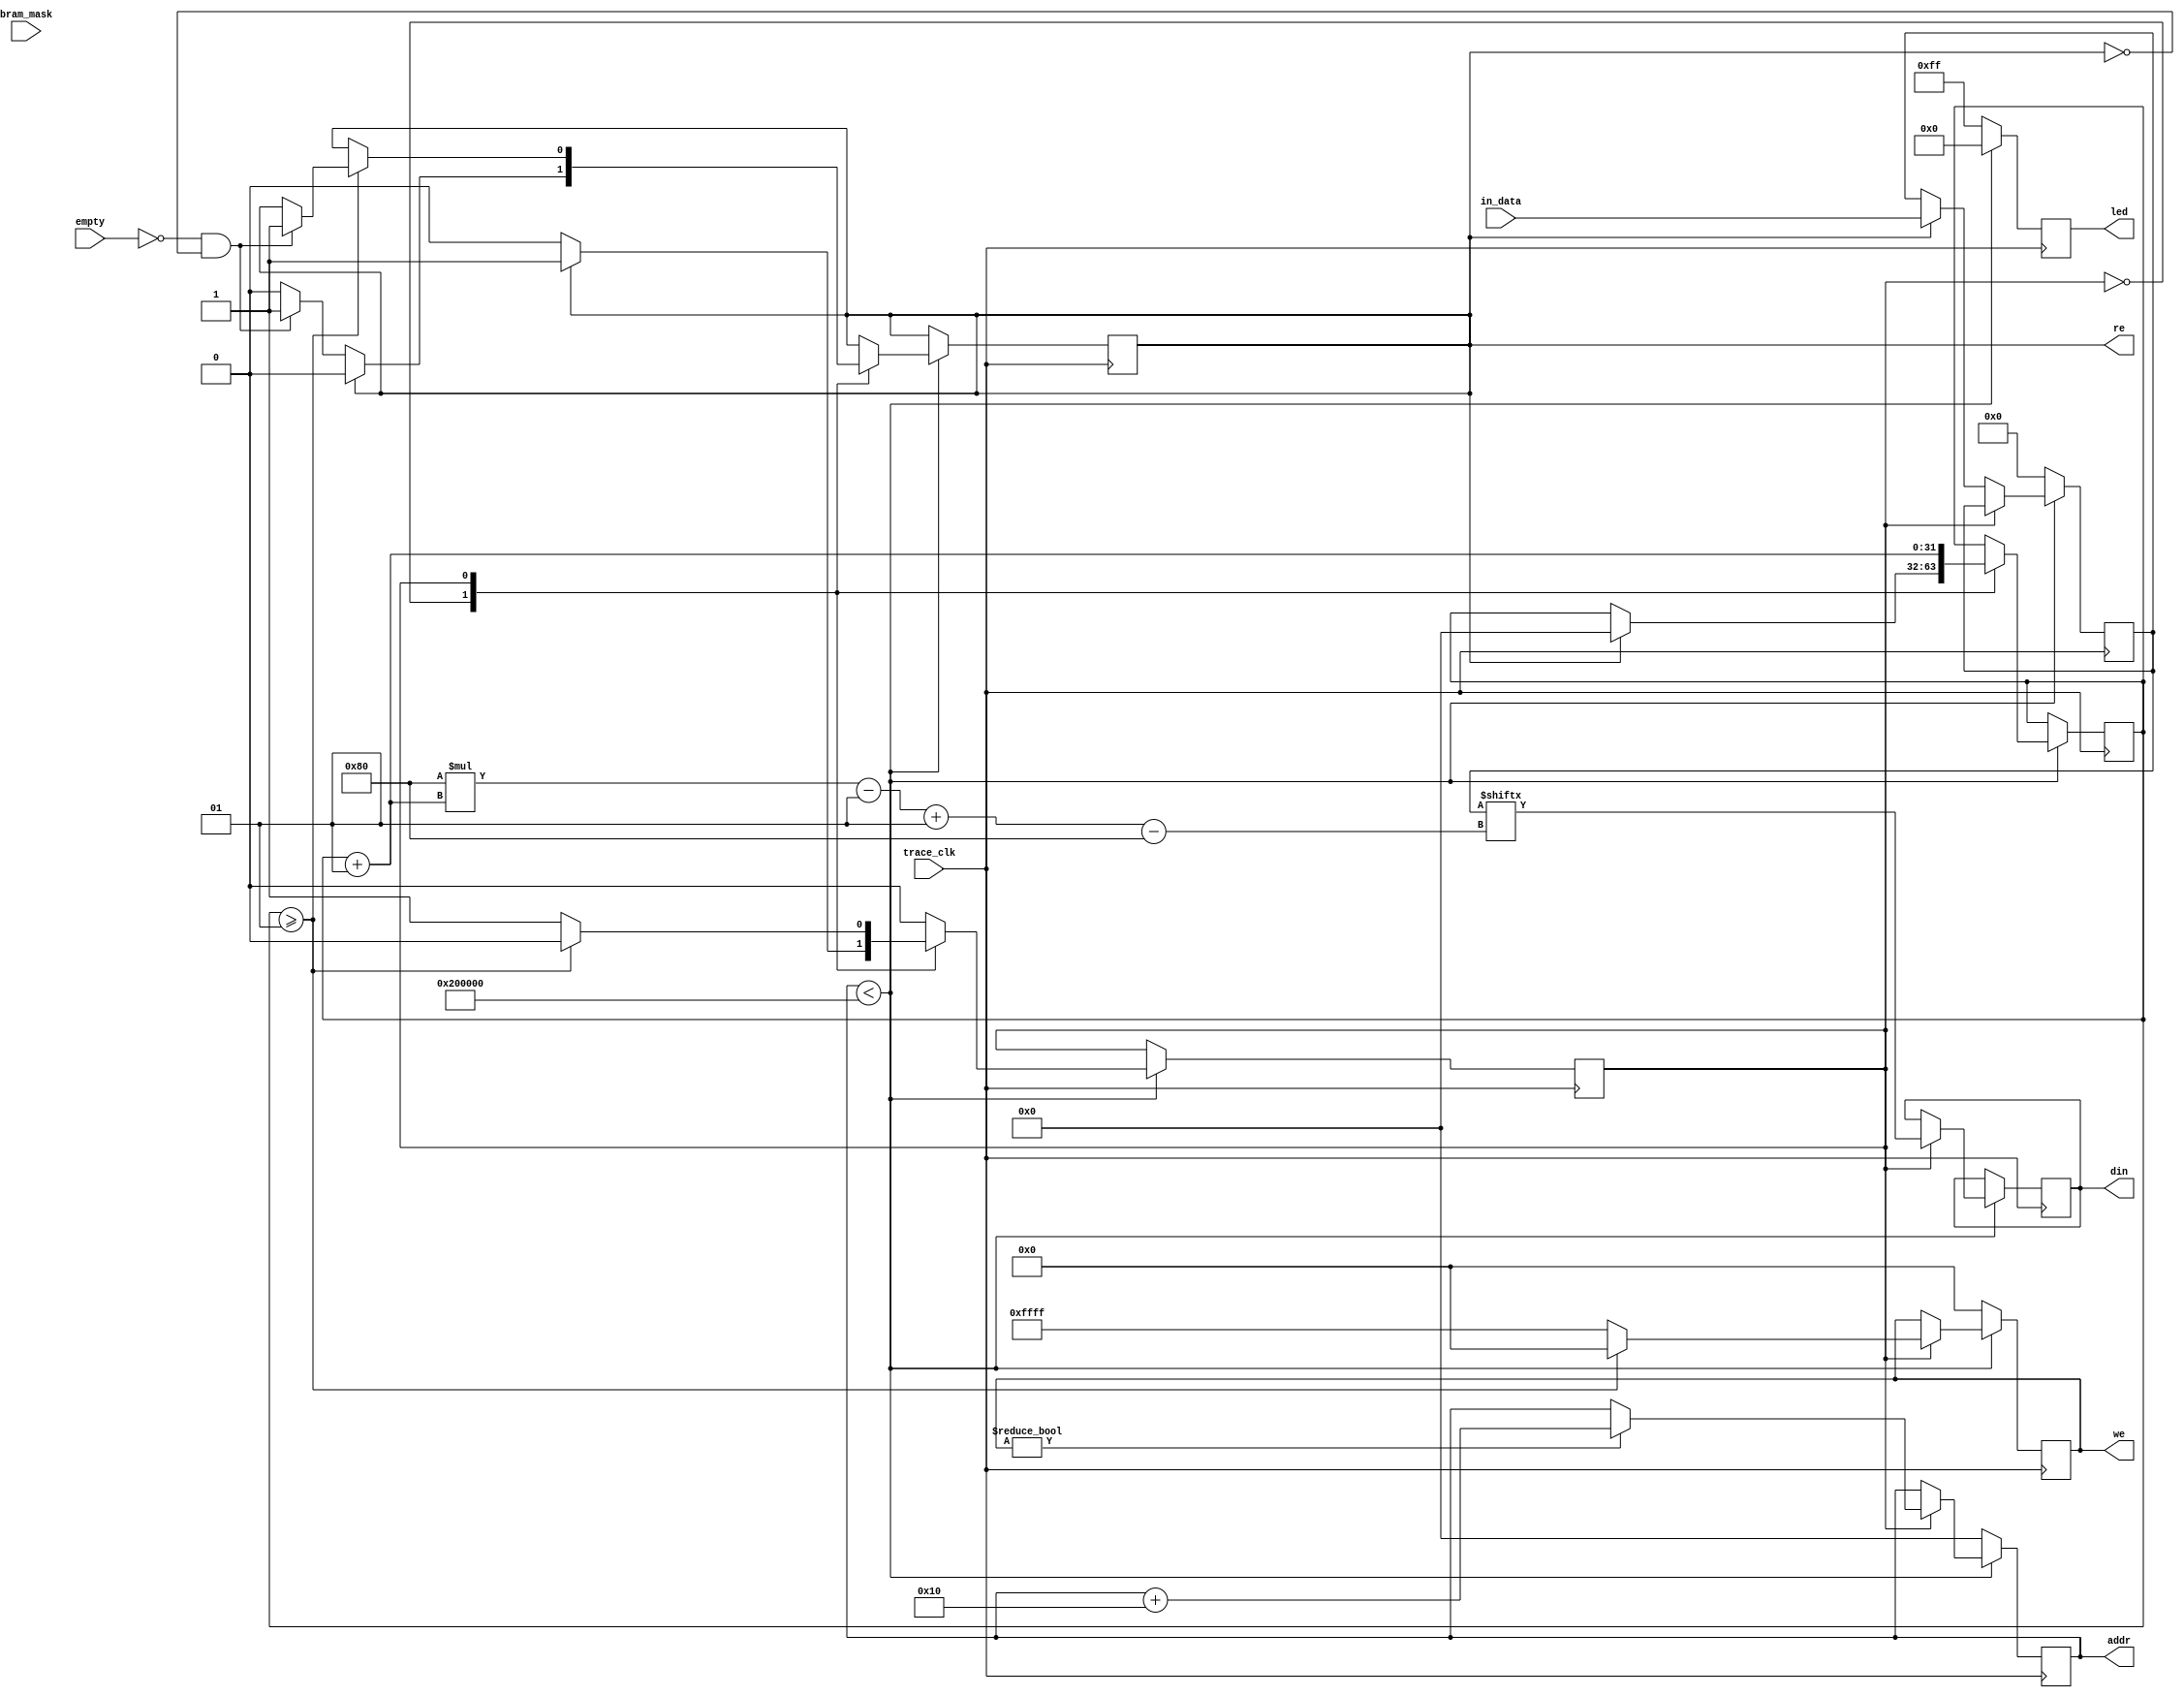
module CoreSight_bram_collector #(
        parameter integer IN_DATA_WIDTH = 128,
        parameter integer BRAM_MAX_ADDR = 131072 * 16, //bram depth x addr_offset
        parameter integer BRAM_DATA_WIDTH = 128,
        parameter integer BRAM_ADDR_WIDTH = 32
	)(
        input trace_clk,
        input bram_mask,
        input empty,
        input[ IN_DATA_WIDTH-1:0] in_data,
        output[ BRAM_ADDR_WIDTH-1:0] addr,
        output[ BRAM_DATA_WIDTH-1:0] din,
        output[BRAM_DATA_WIDTH/8-1:0] we,
        output re,
        output[7:0] led
    );
    

    
    reg[ IN_DATA_WIDTH-1:0 ] data_buff;
    reg[ BRAM_ADDR_WIDTH-1:0 ] out_addr = 0;
    reg[ BRAM_DATA_WIDTH-1:0 ] out_din;
    
    reg [7:0] out_led = 'b0;
    reg[BRAM_DATA_WIDTH/8-1:0] write_enable = 'b0;
    reg read_enable = 1'b0;
    reg state = SUSPEND;
    

    
    integer i = MAX_CYCLE;
    
    parameter integer MAX_CYCLE = IN_DATA_WIDTH/BRAM_DATA_WIDTH;
    parameter integer ADDR_OFFSET = BRAM_DATA_WIDTH/8;
    parameter SUSPEND = 1'b0;
    parameter RUN = 1'b1;
        
    always @(posedge trace_clk) begin
        if(out_addr<BRAM_MAX_ADDR )begin
            out_led <= 8'b0;
            case(state)
                SUSPEND:begin
                    if(!empty&&!read_enable) read_enable <= 1'b1;
                    if(read_enable)begin 
                        state <= RUN;
                        data_buff <= in_data;
                        //data_buff <= {out_addr,out_addr,out_addr,out_addr};
                        i <= 0;
                        read_enable <= 1'b0;
                    end
                
                
                end
                RUN:begin
                    write_enable <= {(BRAM_DATA_WIDTH/8){1'b1}};
                    out_din <= data_buff[ BRAM_DATA_WIDTH*(i+1)-1 -: BRAM_DATA_WIDTH];
                    i <= i+1;
                    if(i>=MAX_CYCLE) begin
                        if(!empty&&!read_enable) read_enable <= 1'b1;
                        state <= SUSPEND;
                        write_enable <= 'b0;
                    end
                    if(write_enable) out_addr <= out_addr + ADDR_OFFSET;
                end
            endcase
        end
        else begin
            out_led <= 8'b11111111;
            write_enable <= 'b0;
            out_addr <= 'b0;
            data_buff <= 'b0;
        end
//        if(out_addr<BRAM_MAX_ADDR )begin
//            write_enable <= {(BRAM_DATA_WIDTH/8){1'b1}};
//            out_din <= out_addr;
//            out_addr <= out_addr + ADDR_OFFSET;
//        end 
//        else begin
//            write_enable <= 'b0;
//            out_din <= 'b0;
//        end
	end
	
	assign we = write_enable;
	assign re = read_enable;
	assign din = out_din;
	assign addr = out_addr;
	assign led = out_led;
endmodule